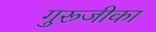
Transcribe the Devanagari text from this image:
गुरूजीका